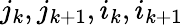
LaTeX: j_{k},j_{k+1},i_{k},i_{k+1}